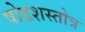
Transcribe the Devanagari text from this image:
षोडशस्तोत्र